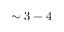
\sim 3 - 4